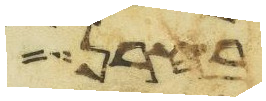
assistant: בחרן